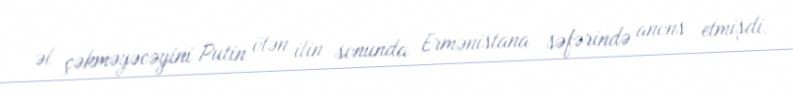
əl çəkməyəcəyini Putin ötən ilin sonunda Ermənistana səfərində anons etmişdi.